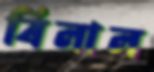
বিলাল